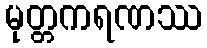
မုတ္တကရဏဿ